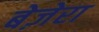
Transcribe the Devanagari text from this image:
बेज़ेरा